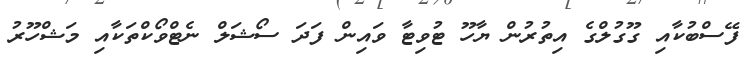
ފޭސްބުކާއި ގޫގުލްގެ އިތުރުން ޔާހޫ ޓުވިޓާ ވައިން ފަދަ ސޯޝަލް ނެޓްވޯކްތަކާއި މަޝްހޫރު